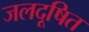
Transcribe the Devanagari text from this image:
जलदूषित